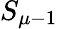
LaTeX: S_{\mu-1}